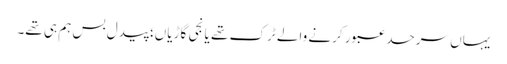
یہاں سرحد عبور کرنے والے ٹرک تھے یا نجی گاڑیاں؛ پیدل بس ہم ہی تھے۔